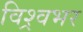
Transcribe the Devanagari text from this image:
विश्र्वभर